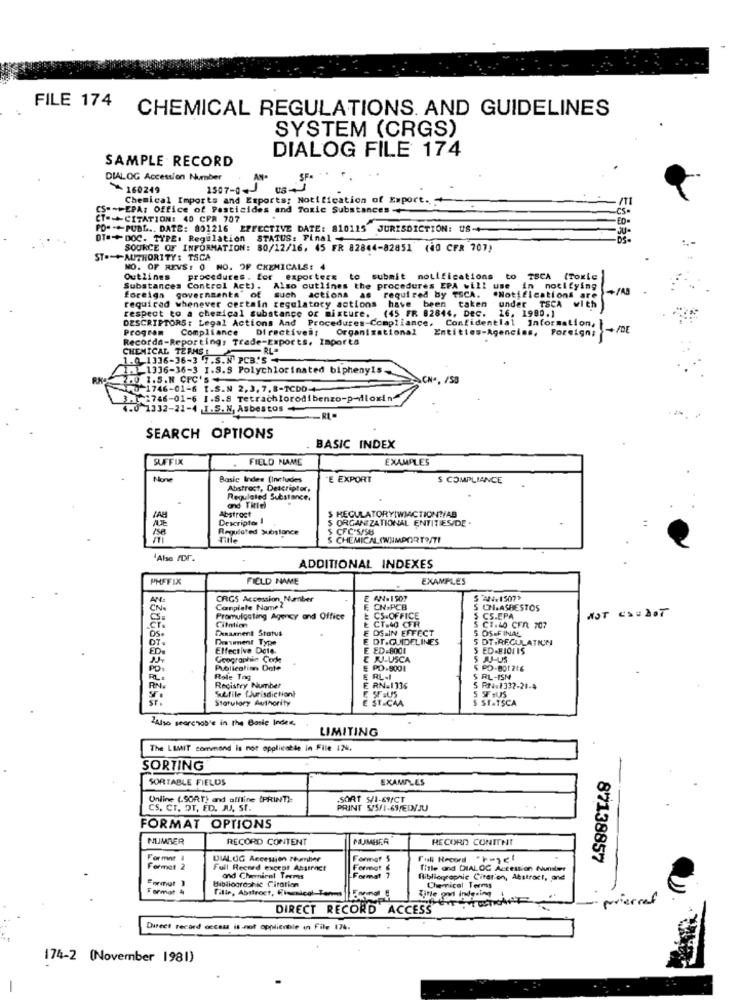
FILE 174
CHEMICAL REGULATIONS. AND GUIDELINES
SYSTEM (CRGS)
SAMPLE RECORD
DIALOG FILE 174
DIALOG Accession Number
SF.
160249
1507-0-
Chemical Imports and Exports: Notification of Export.
CS --- EPA: Office of Pesticides and Toxic Substances-
ES.
CT- CITATION: 40 CPR 707
ED
PO="+PUBL .. DATE: 801216 EFFECTIVE DATE: 810115 JURISDICTION: US-+
DT="+DOC. TYPE: Regulation STATUS: Final-
SOURCE OF INFORMATION: 80/12/16, 45 FR 82844-82851 (40 CFR 707)
ST .- +AUTHORITY: TSCA
NO. OF REVS: 0 NO. OF CHEMICALS: 4
Outlines
procedures . for exporters to submit notifications to TSCA (Toxic
Substances Control Act). Also outlines the procedures EPA will use
in notifying
- /AB
foreign governments" of
required whenever certain regulatory actions have been taken under TSCA
such actions as
required by TSCA. "Notifications are
respect to a chemical substance or mixture. (45 FR 82844, Dec.
under TSCA with
DESCRIPTORS: Legal Actions And Procedures-Compliance.
Confidential Information,
16. 1980.1
Program
Compliance Directives: Organizational
Entities-Agencias, Foreign;
Records-Reporting: Trade-Exports, Inporta
CHEMICAL TERMS
RLª
1.0 1336-36-3 7.S.N PCB'S-
1.1 1336-36-3 I.S.S Polychlorinated biphenyls-
250 1.5.N CPC'S
CN -. /SB
50 1746-01-6 1.S.N 2,3, 7,8-TCDO-
1766-01-6 1.8.8 Tetrachlorodibenzo-p-dloxin
0 1332-21-4 I.S.N, Asbestos
SEARCH OPTIONS
BASIC INDEX
SUFFIX
FIELD NAME
EXAMPLES
Basic Index (Includes
E EXPORT
$ COMPLIANCE
Abstract, Descriptor,
Regulated Substance.
and Title
Descripte I
Abstract
$ REGULATORYIWIACTION?/AB
ORGANIZATIONAL ENTITIES/DE .
ise
Regulated Substance
CFC-5/58
S CHEMICALOWNMPORT?/TI
Also fDr.
ADDITIONAL INDEXES
PHFFIX
FIELD NAME
EXAMPLES
ORGS Accession, Number
E AN=1507
CN:
Canplate Name 2
CNIPCB
5 CH.ASBESTOS
5
Promulgating Agency and Office
E CT.40 CFH
& CS-OFFICE
CS.EPA
Citation
Denaanent Status
5 CI.40 CFR 707
OS-FINAL
Deaument Type
E DT.GUIDELINES
E DS IN EFFECT
DT.REGULATIUN
Effective Date.
E ED-8001
S ED-RIOTIS
Goographie Code
E JJ-USCA
PD:
Publicalim Dote
E PD.9001
Role Tag
E RL-I
S RL-ISN
RN.
Registry Number
Stfile tJurisdictiont
E RN-1336
E SESUS
5 RN:1332-21-4
SF AUS
Statutory Authority
ST.CAA
S STATSCA
Also searchable in the Basic Inder
LIMITING
The LIMIT command Is not applicable in File 124.
SORTING
SORTABLE FIELDS
EXAMPLES
Unline (.90RT) and affline (PRINT):
SORT S/1-69/CT
CS. CT. DT, ED. JU, SI.
PRINT 5/5/1-69/EDIJU
FORMAT OPTIONS
NUMBER
RECORD CONTENT
NUMBER
RECORD CONTENT
Format
DWALUG Accession Number
Full Record "huset
87138857
Format 2
Full Record except Abstract
Form
Title and DIALOG Accession Nunsleer
Format
Bibliographic Citation
and Chemical Terms
Bibliographic Citar'en, Abstract, and
Format 4
Fille, Abstract, finanical Ten
title ovi indesing
Chemnicel Terms
- prierref
DIRECT RECORD ACCESS
Direct record occass is not applicable in File 174.
174-2 (November 1981)
-